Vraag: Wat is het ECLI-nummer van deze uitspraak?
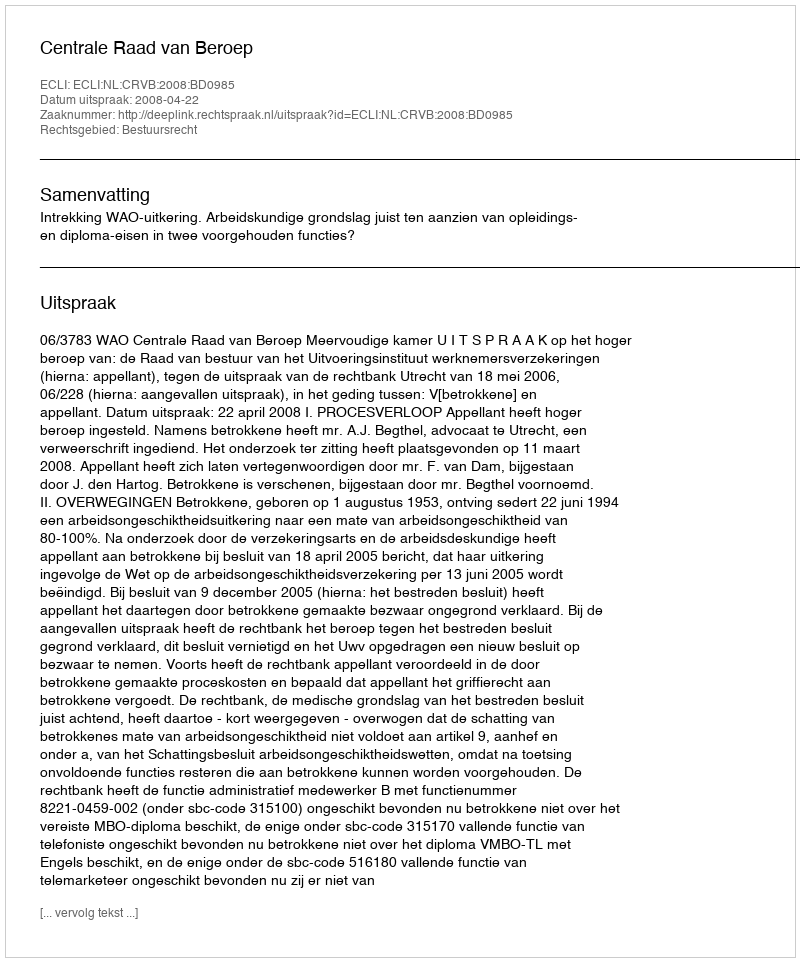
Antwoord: ECLI:NL:CRVB:2008:BD0985